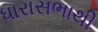
ધારાસભાથી